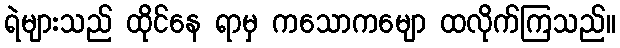
ရဲများသည် ထိုင်နေ ရာမှ ကသောကမျော ထလိုက်ကြသည်။